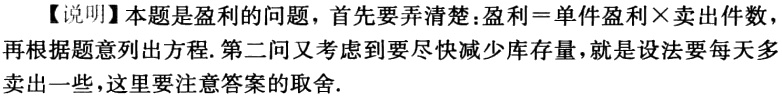
【说明】本题是盈利的问题，首先要弄清楚：盈利 = 单件盈利×卖出件数，再根据题意列出方程. 第二问又考虑到要尽快减少库存量，就是设法要每天多卖出一些，这里要注意答案的取舍.